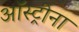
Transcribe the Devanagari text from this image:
ऑस्ट्रीना